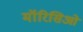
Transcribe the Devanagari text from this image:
मॉरिसिओ